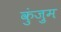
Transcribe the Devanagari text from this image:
कुंज़ुम